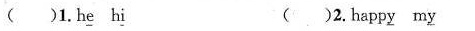
( )1.h\underline{e} h\underline{i} ( )2.happ\underline{y} m\underline{y}